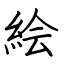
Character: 絵